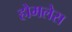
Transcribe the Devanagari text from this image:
होमलेस